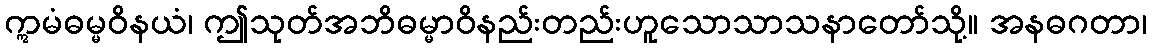
ဣမံဓမ္မဝိနယံ၊ ဤသုတ်အဘိဓမ္မာဝိနည်းတည်းဟူသောသာသနာတော်သို့။ အနဓဂတာ၊